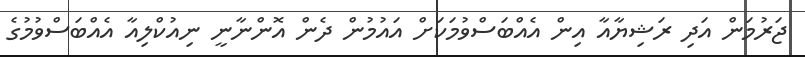
ޖަރުމަން އަދި ރަޝިޔާއާ އިން އެއްބަސްވުމަކަށް އައުމުން ދެން އޮންނާނީ ނިއުކްލިއާ އެއްބަސްވުމުގެ